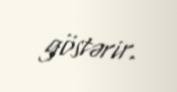
göstərir.